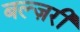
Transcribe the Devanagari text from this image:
बल्ज़री